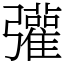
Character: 𢑆